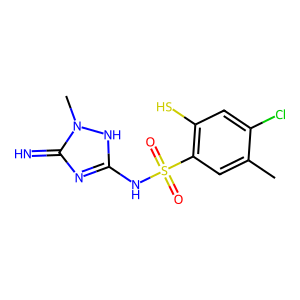
SMILES: Cc1cc(S(=O)(=O)Nc2nc(=N)n(C)[nH]2)c(S)cc1Cl
Inhibits HIV replication: No